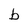
Character: b